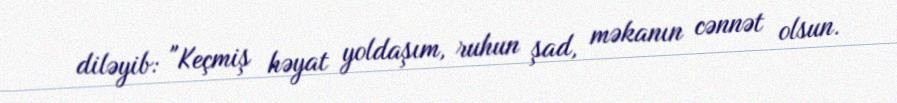
diləyib: "Keçmiş həyat yoldaşım, ruhun şad, məkanın cənnət olsun.